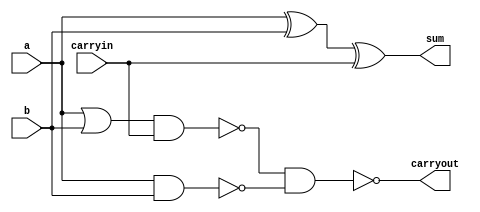
// Adder circuit
`define AND2 and
`define AND3 and
`define NAND2 nand
`define NAND3 nand
`define OR2 or
`define OR3 or
`define NOR2 nor
`define NOR3 nor
`define XOR2 xor
`define XOR3 xor
`define NOT1 not

module structuralFullAdder
(
    output sum,
    output carryout,
    input a,
    input b,
    input carryin
);
    wire axorb, naxorb, ncarryin, tsum, bsum;
    `XOR2 xor_ab(axorb, a, b);
    `XOR2 xor_carry(sum, axorb, carryin);

    wire ab, aorb, bcarry;
    `NAND2 and_ab(ab, a, b);
    `OR2 or_ab(aorb, a, b);
    `NAND2 and_cin(bcarry, aorb, carryin);
    `NAND2 or_cout(carryout, bcarry, ab);

endmodule